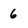
Character: 6